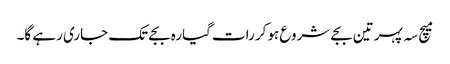
میچ سہ پہر تین بجے شروع ہوکر رات گیارہ بجے تک جاری رہے گا۔